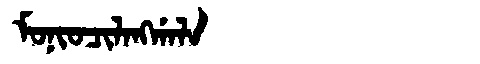
Manchu: ᠮᠣᠨᡳᠣᠴᡳᠯᠠᠩᡤᠠᠯᠠ
Romanization: MONIOCILANGGALA